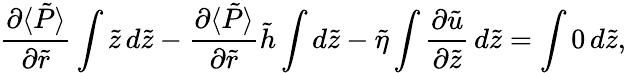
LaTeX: \frac{\partial\langle\tilde{P}\rangle}{\partial\tilde{r}}\int\tilde{z}\, d\tilde{z}-\frac{\partial\langle\tilde{P}\rangle}{\partial\tilde{r}}\tilde{h}\int d\tilde{z}-\tilde{\eta}\int\frac{\partial\tilde{u}}{\partial\tilde{z}}\, d\tilde{z}=\int 0\, d\tilde{z},